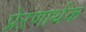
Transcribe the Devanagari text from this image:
प्रेऱणार्थक